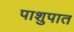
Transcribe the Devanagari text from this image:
पाशुपात